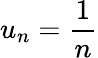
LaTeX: u_{n}=\frac{1}{n}